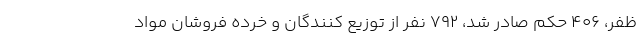
ظفر، ۴۰۶ حکم صادر شد، ۷۹۲ نفر از توزیع کنندگان و خرده فروشان مواد